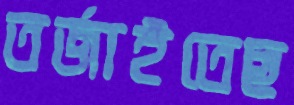
তর্জাইতেছ